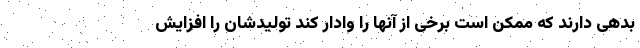
بدهی دارند که ممکن است برخی از آنها را وادار کند تولیدشان را افزایش